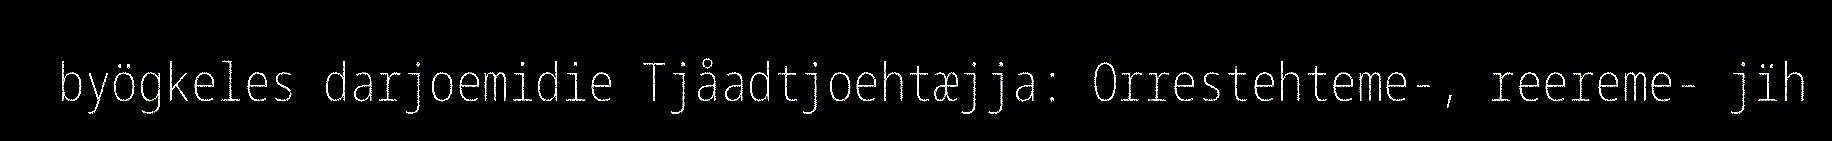
byögkeles darjoemidie Tjåadtjoehtæjja: Orrestehteme-, reereme- jïh